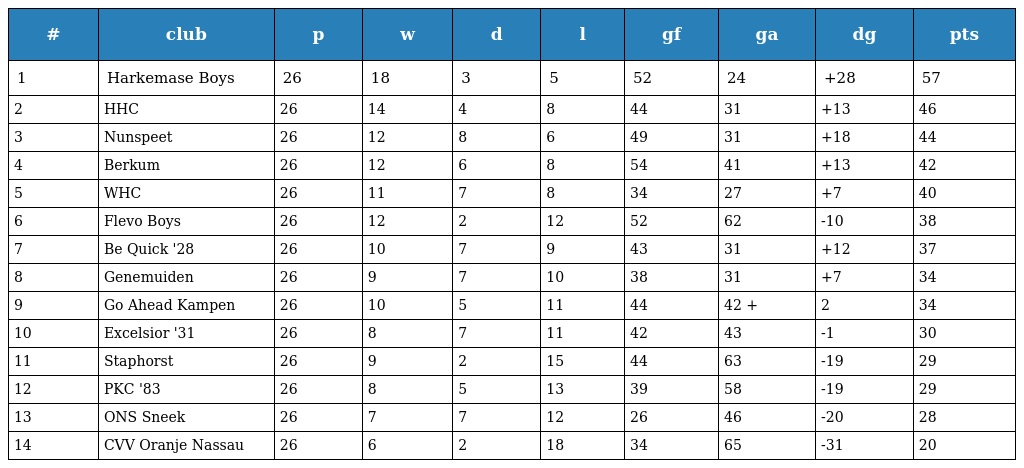
| # | club | p | w | d | l | gf | ga | dg | pts |
 | --- | --- | --- | --- | --- | --- | --- | --- | --- | --- |
 | 1 | Harkemase Boys | 26 | 18 | 3 | 5 | 52 | 24 | +28 | 57 |
 | 2 | HHC | 26 | 14 | 4 | 8 | 44 | 31 | +13 | 46 |
 | 3 | Nunspeet | 26 | 12 | 8 | 6 | 49 | 31 | +18 | 44 |
 | 4 | Berkum | 26 | 12 | 6 | 8 | 54 | 41 | +13 | 42 |
 | 5 | WHC | 26 | 11 | 7 | 8 | 34 | 27 | +7 | 40 |
 | 6 | Flevo Boys | 26 | 12 | 2 | 12 | 52 | 62 | -10 | 38 |
 | 7 | Be Quick '28 | 26 | 10 | 7 | 9 | 43 | 31 | +12 | 37 |
 | 8 | Genemuiden | 26 | 9 | 7 | 10 | 38 | 31 | +7 | 34 |
 | 9 | Go Ahead Kampen | 26 | 10 | 5 | 11 | 44 | 42 + | 2 | 34 |
 | 10 | Excelsior '31 | 26 | 8 | 7 | 11 | 42 | 43 | -1 | 30 |
 | 11 | Staphorst | 26 | 9 | 2 | 15 | 44 | 63 | -19 | 29 |
 | 12 | PKC '83 | 26 | 8 | 5 | 13 | 39 | 58 | -19 | 29 |
 | 13 | ONS Sneek | 26 | 7 | 7 | 12 | 26 | 46 | -20 | 28 |
 | 14 | CVV Oranje Nassau | 26 | 6 | 2 | 18 | 34 | 65 | -31 | 20 |